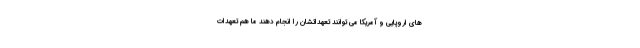
های اروپایی و آمریکا می توانند تعهداتشان را انجام دهند ما هم تعهدات